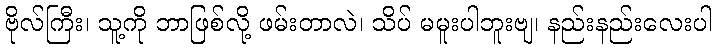
ဗိုလ်ကြီး၊ သူ့ကို ဘာဖြစ်လို့ ဖမ်းတာလဲ၊ သိပ် မမူးပါဘူးဗျ၊ နည်းနည်းလေးပါ